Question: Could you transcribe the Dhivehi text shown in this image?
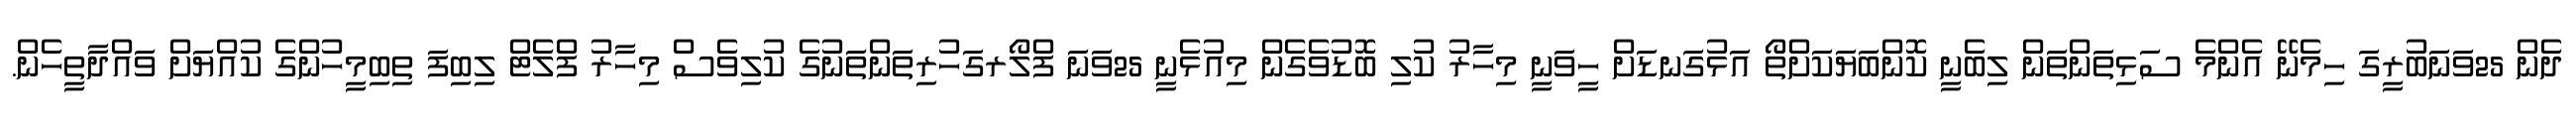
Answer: ދެން 25ވަނަބުރީގަ ހިމެނޭ އެންމެ ސަޅިތަންތަން ލިބެނީ ކޮންބަޔަކަށްތޯ އަޅުގަނޑަށް ހީވަނީ މިހާރު ކުލި ބޮޑުވެގެން މިއުޅެނީ 25ވަނަ ފްލޯރގަހުރިތަންތަނުގެ ކުލިވެސް މިހާރު ފްލެޓް ލިބިފަ ތިބިމީހުންގެ ކުއްޔަށް ވައްދާތީހެން.